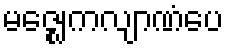
မဇ္ဈေကလျာဏံပေ